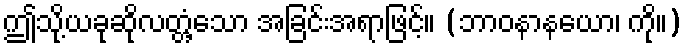
ဤသို့ယခုဆိုလတ္တံ့သော အခြင်းအရာဖြင့်။ (ဘာဝနာနယော၊ ကို။)